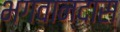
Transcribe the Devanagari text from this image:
भगवान्दास